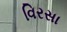
વિરસા